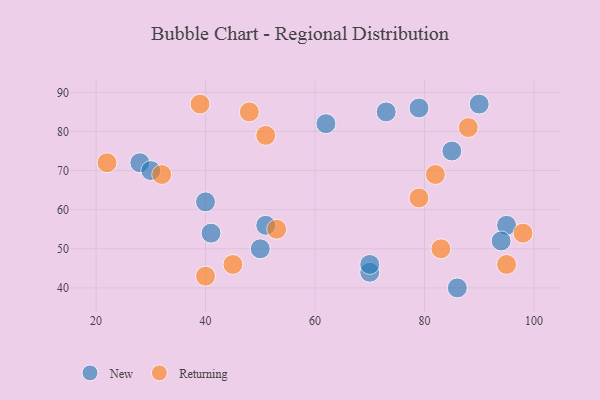
{"axis": {"x": "GDP", "y": "Life Expectancy"}, "legend": ["New", "Returning"], "data": [{"x": "28", "y": 72, "type": "New"}, {"x": "70", "y": 44, "type": "New"}, {"x": "95", "y": 56, "type": "New"}, {"x": "70", "y": 46, "type": "New"}, {"x": "85", "y": 75, "type": "New"}, {"x": "50", "y": 50, "type": "New"}, {"x": "62", "y": 82, "type": "New"}, {"x": "79", "y": 86, "type": "New"}, {"x": "41", "y": 54, "type": "New"}, {"x": "90", "y": 87, "type": "New"}, {"x": "30", "y": 70, "type": "New"}, {"x": "40", "y": 62, "type": "New"}, {"x": "51", "y": 56, "type": "New"}, {"x": "73", "y": 85, "type": "New"}, {"x": "86", "y": 40, "type": "New"}, {"x": "94", "y": 52, "type": "New"}, {"x": "45", "y": 46, "type": "Returning"}, {"x": "48", "y": 85, "type": "Returning"}, {"x": "32", "y": 69, "type": "Returning"}, {"x": "83", "y": 50, "type": "Returning"}, {"x": "53", "y": 55, "type": "Returning"}, {"x": "39", "y": 87, "type": "Returning"}, {"x": "88", "y": 81, "type": "Returning"}, {"x": "98", "y": 54, "type": "Returning"}, {"x": "22", "y": 72, "type": "Returning"}, {"x": "82", "y": 69, "type": "Returning"}, {"x": "51", "y": 79, "type": "Returning"}, {"x": "79", "y": 63, "type": "Returning"}, {"x": "95", "y": 46, "type": "Returning"}, {"x": "40", "y": 43, "type": "Returning"}]}